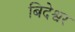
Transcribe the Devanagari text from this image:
बिदेश्वर